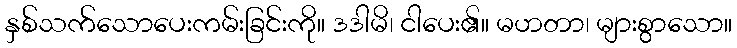
နှစ်သက်သောပေးကမ်းခြင်းကို။ ဒဒါမိ၊ ငါပေး၏။ မဟတာ၊ များစွာသော။